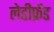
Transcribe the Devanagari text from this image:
लेडीफ्रेंड